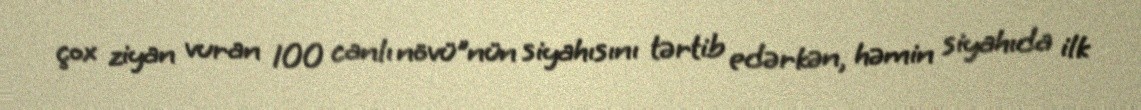
çox ziyan vuran 100 canlı növü"nün siyahısını tərtib edərkən, həmin siyahıda ilk